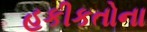
હકીકતોના